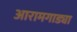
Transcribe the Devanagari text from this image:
आरामगाड्या